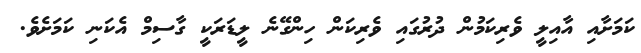
ކަމަށާއި އާއިލީ ވެރިކަމުން ދުރުގައި ވެރިކަން ހިންގޭނެ ލީޑަރަކީ ގާސިމް އެކަނި ކަމަށެވެ.